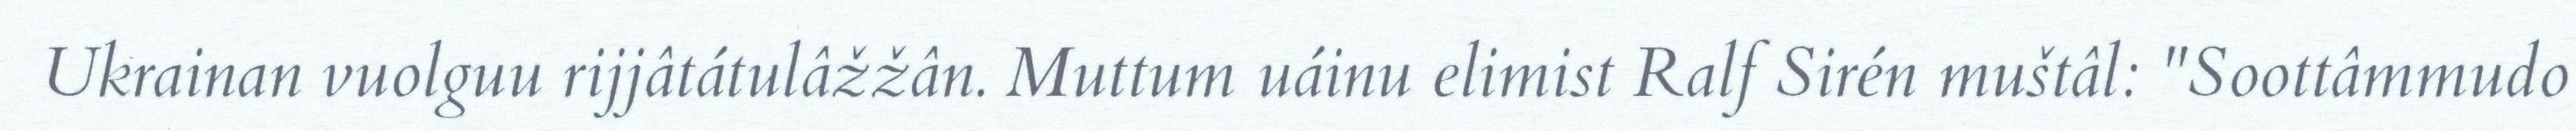
Ukrainan vuolguu rijjâtátulâžžân. Muttum uáinu elimist Ralf Sirén muštâl: "Soottâmmudo